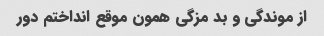
از موندگی و بد مزگی همون موقع انداختم دور